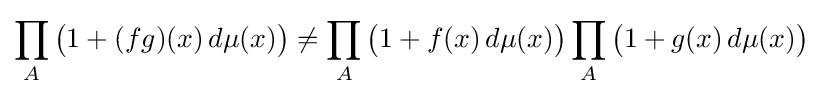
\prod _{A}{\big (}1+(fg)(x)\,d\mu (x){\big )}\neq \prod _{A}{\big (}1+f(x)\,d\mu (x){\big )}\prod _{A}{\big (}1+g(x)\,d\mu (x){\big )}